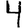
Digit: 4